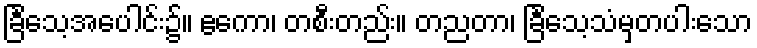
ခြင်္သေ့အပေါင်း၌။ ဧကော၊ တစီးတည်း။ တညတာ၊ ခြင်္သေ့သံမှတပါးသော